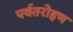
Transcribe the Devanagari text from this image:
पर्वतरोहण